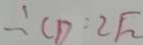
\therefore C D = 2 \sqrt { 2 }